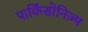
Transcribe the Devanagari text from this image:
पार्किंसोनिज़्म